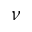
\nu